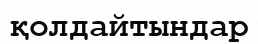
қолдайтындар